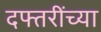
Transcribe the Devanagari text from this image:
दफ्तरींच्या